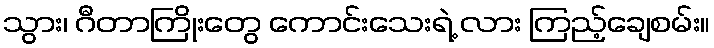
သွား၊ ဂီတာကြိုးတွေ ကောင်းသေးရဲ့ လား ကြည့်ချေစမ်း။